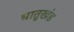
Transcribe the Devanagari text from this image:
धातुखंड